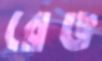
রেঙ